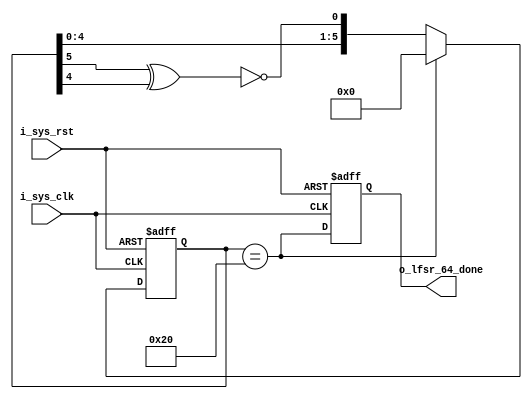
module lfsr_count64(
                    input i_sys_clk,
                    input i_sys_rst,
                    output reg o_lfsr_64_done);

    reg [5:0]                  lfsr_reg_i;
    wire                       lfsr_d0_i,lfsr_equal;

    xnor(lfsr_d0_i,lfsr_reg_i[5],lfsr_reg_i[4]);
    assign lfsr_equal = (lfsr_reg_i == 6'h20);

    always @(posedge i_sys_clk,posedge i_sys_rst)
    begin
        if(i_sys_rst) begin
            lfsr_reg_i <= 0;
            o_lfsr_64_done <= 0;
        end
        else begin
            lfsr_reg_i <= lfsr_equal ? 6'h0 : {lfsr_reg_i[4:0],lfsr_d0_i};
            o_lfsr_64_done <= lfsr_equal;
        end
    end
endmodule